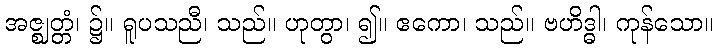
အဇ္ဈတ္တံ၊ ၌။ ရူပသညီ၊ သည်။ ဟုတွာ၊ ၍။ ဧကော၊ သည်။ ဗဟိဒ္ဓါ၊ ကုန်သော။